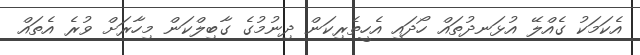
އެކަމަކު ގެއްލޭ އުޅަނދުތައް ހޯދައި އެހީތެރިކަން ދިނުމުގެ ގާބިލްކަން މިހާރަށް ވުރެ އެތައް